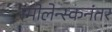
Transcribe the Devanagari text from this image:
स्मोलेन्स्कनंतर